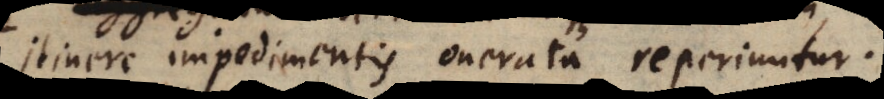
itinere impedimentis onerata reperiuntur.